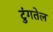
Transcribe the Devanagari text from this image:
टुंगतेल